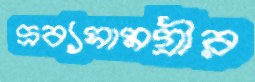
দ্রব্যসামগ্রীর